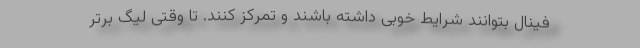
فینال بتوانند شرایط خوبی داشته باشند و تمرکز کنند. تا وقتی لیگ برتر